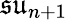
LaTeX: \mathfrak{su}_{n+1}